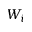
W _ { i }